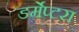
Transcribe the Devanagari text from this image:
डर्मेप्टरा